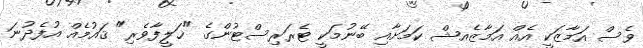
ވެސް އަމާޒަކީ އެއް އަމާޒެއޝް ކަމަށާއި ބޭނުމަކީ ޓެރަރިސްޓުންގެ "ޚަލީފާވެރި" ޤައުމެއް އުފެދުނަ